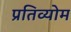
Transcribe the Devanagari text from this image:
प्रतिव्योम